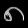
Digit: ၈